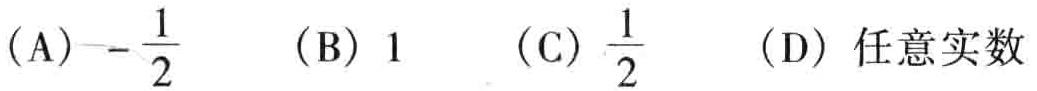
(A)$-\frac{1}{2}$  (B)$1$  (C)$\frac{1}{2}$  (D) 任意实数